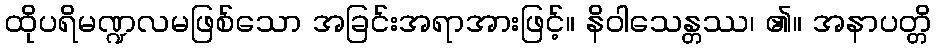
ထိုပရိမဏ္ဍလမဖြစ်သော အခြင်းအရာအားဖြင့်။ နိဝါသေန္တဿ၊ ၏။ အနာပတ္တိ